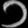
Digit: ၁